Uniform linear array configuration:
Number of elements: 64
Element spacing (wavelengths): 0.5
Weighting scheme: kaiser
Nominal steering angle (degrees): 45
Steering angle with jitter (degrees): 44.766
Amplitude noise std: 0.05
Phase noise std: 0.05

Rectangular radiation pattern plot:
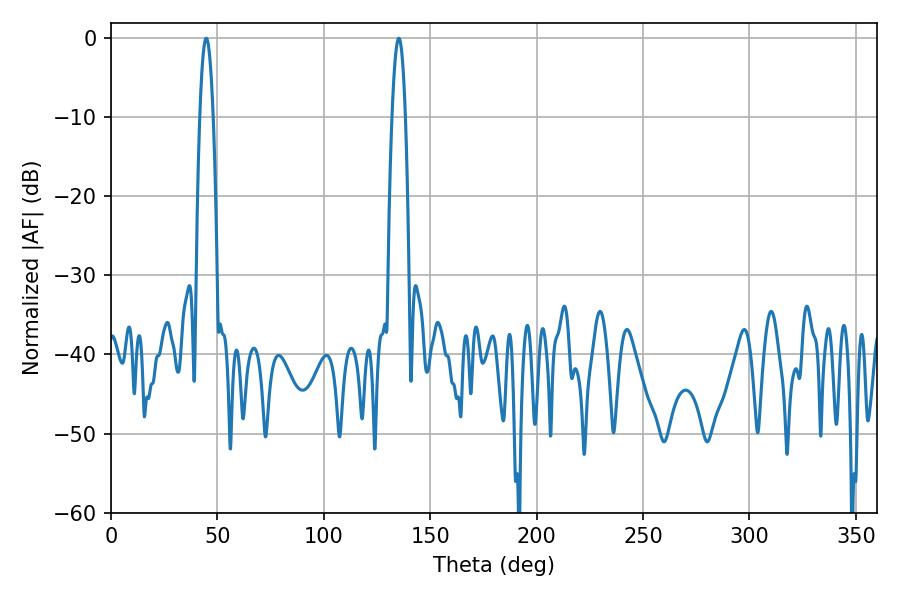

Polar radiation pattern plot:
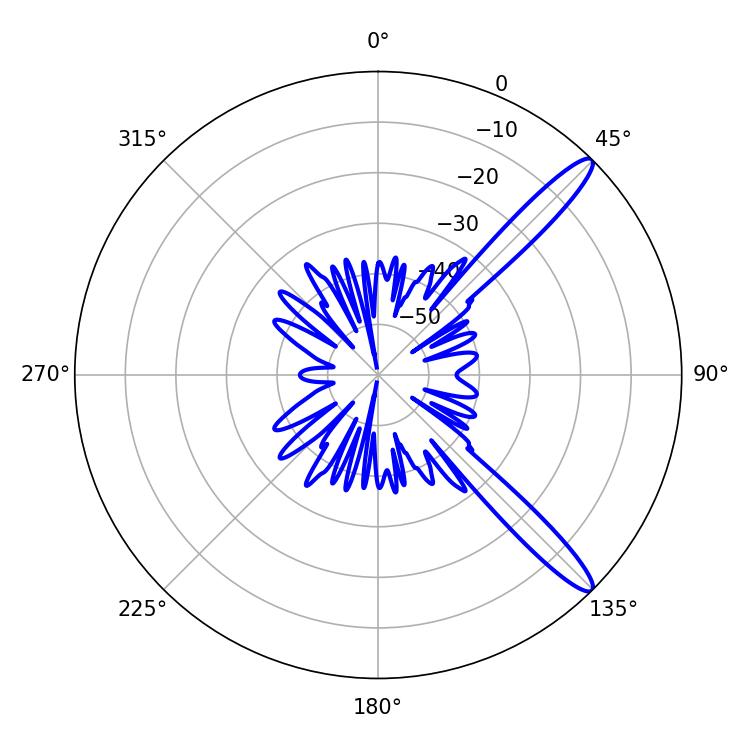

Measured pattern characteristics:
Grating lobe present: FALSE
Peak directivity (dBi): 13.348
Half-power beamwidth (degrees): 3.42
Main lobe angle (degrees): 135.18